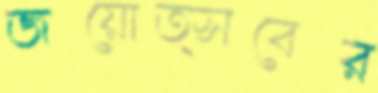
জয়োত্সবের